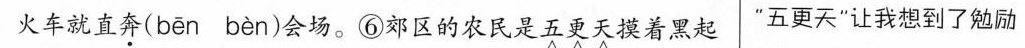
火车就直奔( ben ben )会场。⑥郊区的农民是五更天摸着黑起 ”五更天”让我想到了勉励